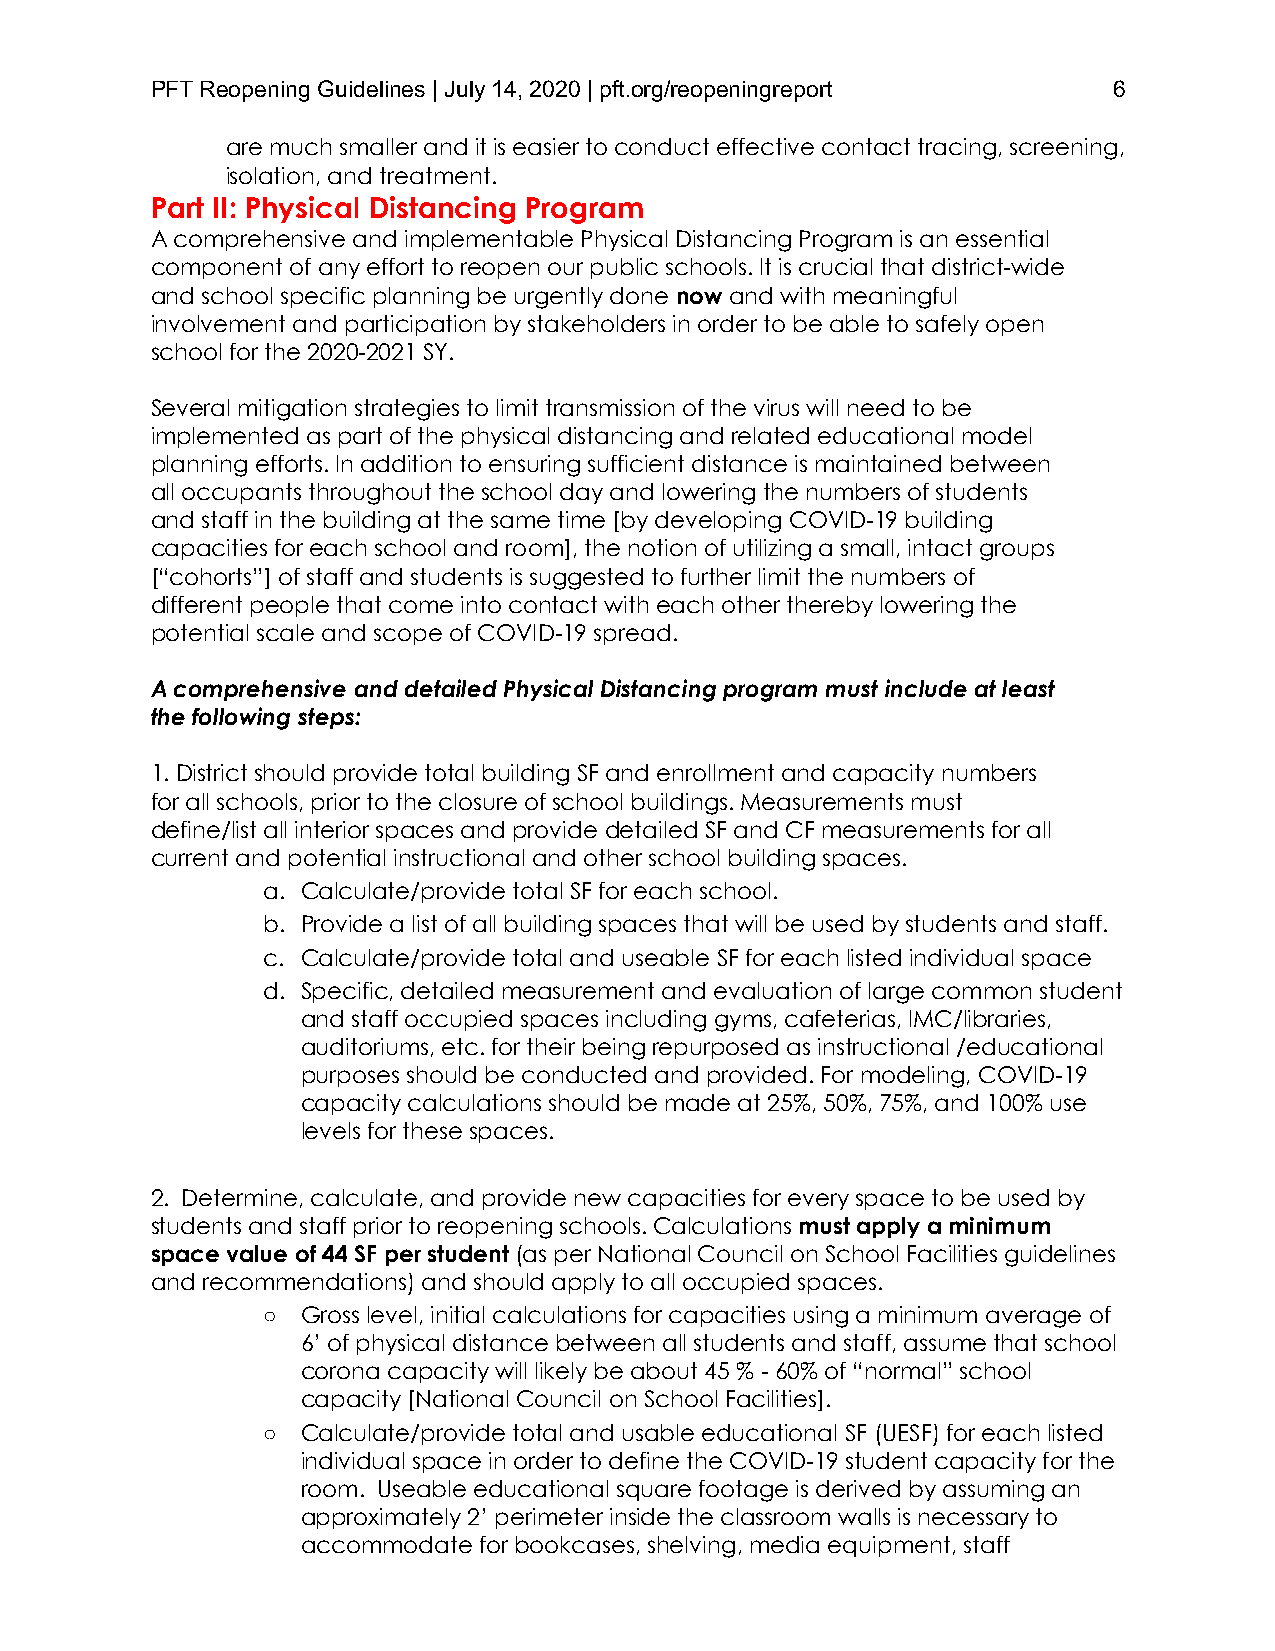
PFT Reopening Guidelines | July 14, 2020 | pft.org/reopeningreport 6
 are much smaller and it is easier to conduct effective contact tracing, screening,
 isolation, and treatment.
 Part II: Physical Distancing Program
 A comprehensive and implementable Physical Distancing Program is an essential
 component of any effort to reopen our public schools. It is crucial that district-wide
 and school specific planning be urgently done now and with meaningful
 involvement and participation by stakeholders in order to be able to safely open
 school for the 2020-2021 SY.
 Several mitigation strategies to limit transmission of the virus will need to be
 implemented as part of the physical distancing and related educational model
 planning efforts. In addition to ensuring sufficient distance is maintained between
 all occupants throughout the school day and lowering the numbers of students
 and staff in the building at the same time [by developing COVID-19 building
 capacities for each school and room], the notion of utilizing a small, intact groups
 [“cohorts”] of staff and students is suggested to further limit the numbers of
 different people that come into contact with each other thereby lowering the
 potential scale and scope of COVID-19 spread.
 A comprehensive and detailed Physical Distancing program must include at least
 the following steps:
 1. District should provide total building SF and enrollment and capacity numbers
 for all schools, prior to the closure of school buildings. Measurements must
 define/list all interior spaces and provide detailed SF and CF measurements for all
 current and potential instructional and other school building spaces.
 a. Calculate/provide total SF for each school.
 b. Provide a list of all building spaces that will be used by students and staff.
 c. Calculate/provide total and useable SF for each listed individual space
 d. Specific, detailed measurement and evaluation of large common student
 and staff occupied spaces including gyms, cafeterias, IMC/libraries,
 auditoriums, etc. for their being repurposed as instructional /educational
 purposes should be conducted and provided. For modeling, COVID-19
 capacity calculations should be made at 25%, 50%, 75%, and 100% use
 levels for these spaces.
 2. Determine, calculate, and provide new capacities for every space to be used by
 students and staff prior to reopening schools. Calculations must apply a minimum
 space value of 44 SF per student (as per National Council on School Facilities guidelines
 and recommendations) and should apply to all occupied spaces.
 ○  Gross level, initial calculations for capacities using a minimum average of
 6’ of physical distance between all students and staff, assume that school
 corona capacity will likely be about 45 % - 60% of “normal” school
 capacity [National Council on School Facilities].
 ○  Calculate/provide total and usable educational SF (UESF) for each listed
 individual space in order to define the COVID-19 student capacity for the
 room. Useable educational square footage is derived by assuming an
 approximately 2’ perimeter inside the classroom walls is necessary to
 accommodate for bookcases, shelving, media equipment, staff